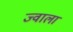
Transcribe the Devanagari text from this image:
ज्‍वाला